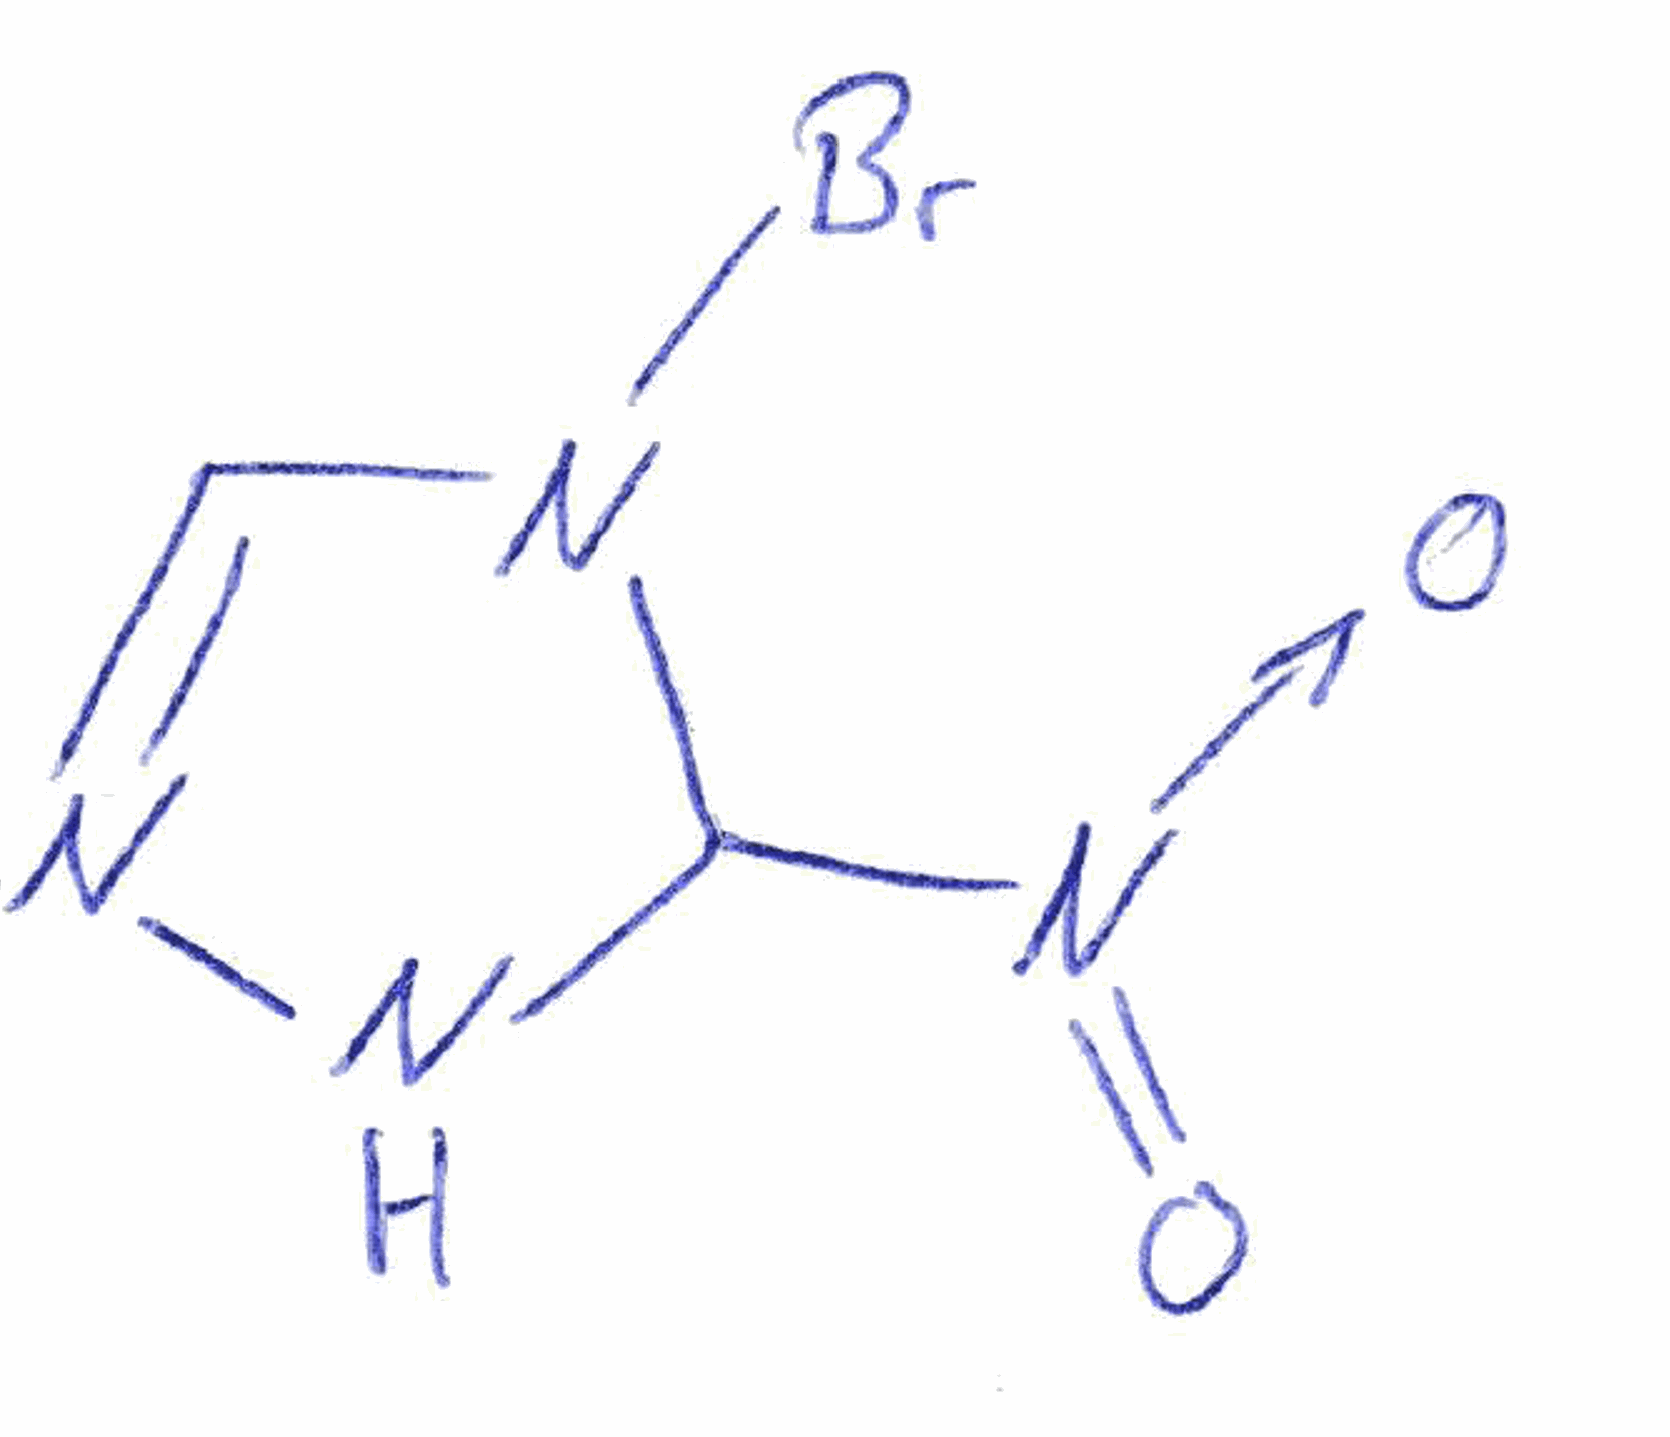
Simplified molecular-input line-entry system (SMILES) notation of the given molecule:
C1=NNC(N1Br)[N+](=O)[O-]